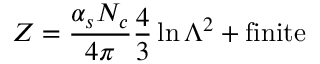
Z = { \frac { \alpha _ { s } N _ { c } } { 4 \pi } } { \frac { 4 } { 3 } } \ln \Lambda ^ { 2 } + \mathrm { f i n i t e }